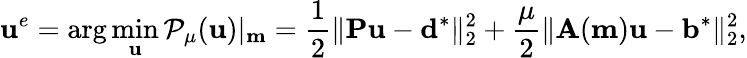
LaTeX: \mathbf{u}^{e}=\mathrm{arg}\operatorname*{min}_{\mathbf{u}}\mathcal{P}_{\mu}(\mathbf{u})|_{\mathbf{m}}=\frac{1}{2}\| \mathbf{P}\mathbf{u}-\mathbf{d}^{*}\| _{2}^{2}+\frac{\mu}{2}\| \mathbf{A}(\mathbf{m})\mathbf{u}-\mathbf{b}^{*}\| _{2}^{2},